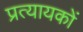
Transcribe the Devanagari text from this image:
प्रत्यायकों